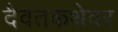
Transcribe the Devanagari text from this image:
दैवतकथेवर